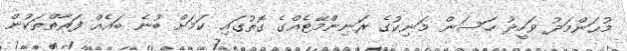
މުޙަންމަދު ވަހީދު ހަސަން މަނިކުގެ ރަނިންމޭޓެއްގެ ގޮތުގައި ކަމަށް ބުނެ ބައެއް ފަރާތްތަކުން